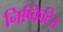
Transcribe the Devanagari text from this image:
निष्किटित